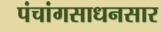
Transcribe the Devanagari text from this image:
पंचांगसाधनसार